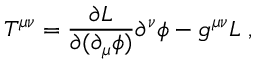
{ \cal T } ^ { \mu \nu } = \frac { \partial { \cal L } } { \partial ( \partial _ { \mu } \phi ) } \partial ^ { \nu } \phi - g ^ { \mu \nu } { \cal L } \; ,